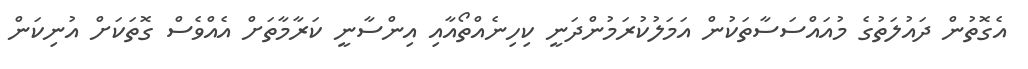
އެގޮތުން ދައުލަތުގެ މުއައްސަސާތަކުން އަމަލުކުރަމުންދަނީ ކިހިނެއްތޯއާއި އިންސާނީ ކަރާމާތަށް އެއްވެސް ގޮތަކަށް އުނިކަން